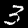
Label: 3